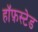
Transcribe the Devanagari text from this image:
हॉफ़स्टेड